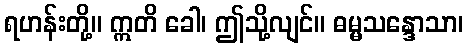
ရဟန်းတို့။ ဣတိ ခေါ၊ ဤသို့လျင်။ ဓမ္မသန္ဒောသာ၊